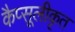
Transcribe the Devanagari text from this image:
कैप्सूलीकृत